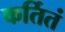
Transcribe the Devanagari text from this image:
कर्तितं